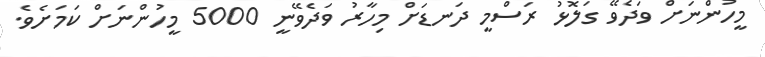
މީހުންނަށް ވަދެވޭ ގަލޮޅު ރަސްމީ ދަނޑަށް މިހާރު ވަދެވޭނީ 5000 މީހުންނަށް ކަމަށެވެ.